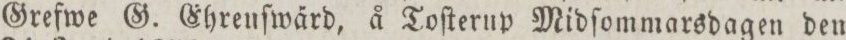
Grefwe G. Ehrenſwärd, å Toſterup Midſommarsdagen den